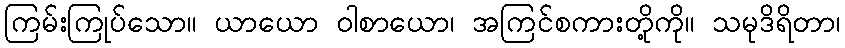
ကြမ်းကြုပ်သော။ ယာယော ဝါစာယော၊ အကြင်စကားတို့ကို။ သမုဒိရိတာ၊